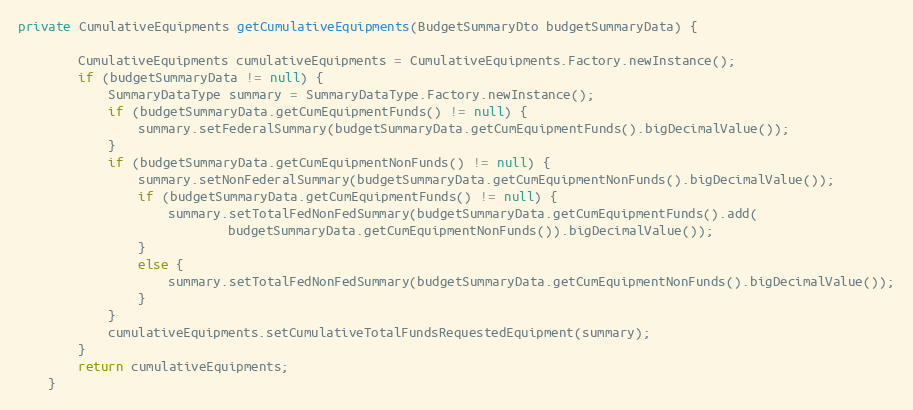
Language: Java
private CumulativeEquipments getCumulativeEquipments(BudgetSummaryDto budgetSummaryData) {

        CumulativeEquipments cumulativeEquipments = CumulativeEquipments.Factory.newInstance();
        if (budgetSummaryData != null) {
            SummaryDataType summary = SummaryDataType.Factory.newInstance();
            if (budgetSummaryData.getCumEquipmentFunds() != null) {
                summary.setFederalSummary(budgetSummaryData.getCumEquipmentFunds().bigDecimalValue());
            }
            if (budgetSummaryData.getCumEquipmentNonFunds() != null) {
                summary.setNonFederalSummary(budgetSummaryData.getCumEquipmentNonFunds().bigDecimalValue());
                if (budgetSummaryData.getCumEquipmentFunds() != null) {
                    summary.setTotalFedNonFedSummary(budgetSummaryData.getCumEquipmentFunds().add(
                            budgetSummaryData.getCumEquipmentNonFunds()).bigDecimalValue());
                }
                else {
                    summary.setTotalFedNonFedSummary(budgetSummaryData.getCumEquipmentNonFunds().bigDecimalValue());
                }
            }
            cumulativeEquipments.setCumulativeTotalFundsRequestedEquipment(summary);
        }
        return cumulativeEquipments;
    }